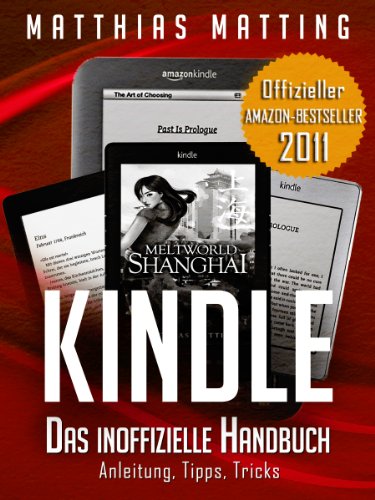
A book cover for Kindle - das inoffizielle Handbuch zu Kindle Paperwhite, Kindle Keyboard & Co. Anleitung, Tipps und Tricks. (German Edition); Matthias Matting; Computers & Technology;